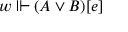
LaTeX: w \Vdash ( A \lor B ) [ e ]